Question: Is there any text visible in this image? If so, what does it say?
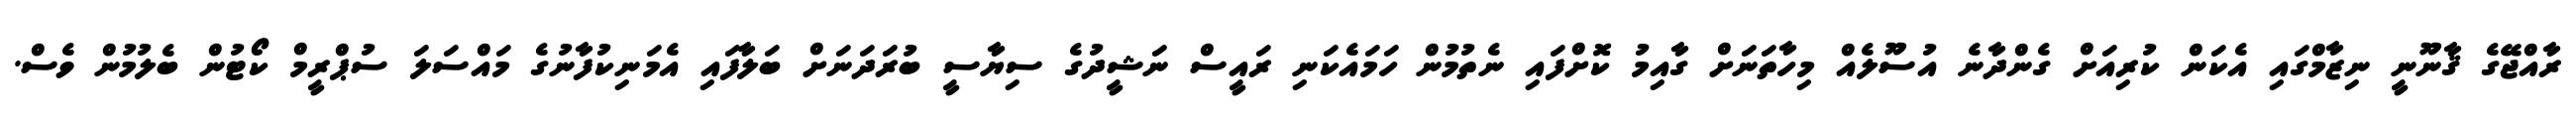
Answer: ރާއްޖޭގެ ޤާނޫނީ ނިޒާމްގައި އެކަން ކުރިއަށް ގެންދާނެ އުސޫލެއް މިހާތަނަށް ގާއިމު ކޮށްފައި ނެތުމުން ހަމައެކަނި ރައީސް ނަޝީދުގެ ސިޔާސީ ބުރަދަނަށް ބަލާފައި އެމަނިކުފާނުގެ މައްސަލަ ސުޕްރީމް ކޯޓުން ބެލުމުން ވެސް.